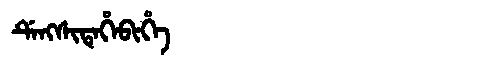
Manchu: ᡩᡝᠩᠰᡳᡨᡝᡥᡝᠪᡳᡥᡝ
Romanization: DENGSITEHEBIHE